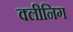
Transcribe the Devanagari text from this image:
क्लीनिग